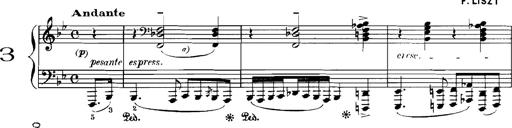
Title: Rhapsodies hongroises
Composer: Franz Liszt